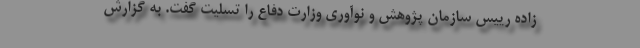
زاده رییس سازمان پژوهش و نوآوری وزارت دفاع را تسلیت گفت. به گزارش